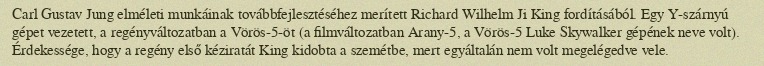
Carl Gustav Jung elméleti munkáinak továbbfejlesztéséhez merített Richard Wilhelm Ji King fordításából. Egy Y-szárnyú gépet vezetett, a regényváltozatban a Vörös-5-öt (a filmváltozatban Arany-5, a Vörös-5 Luke Skywalker gépének neve volt). Érdekessége, hogy a regény első kéziratát King kidobta a szemétbe, mert egyáltalán nem volt megelégedve vele.